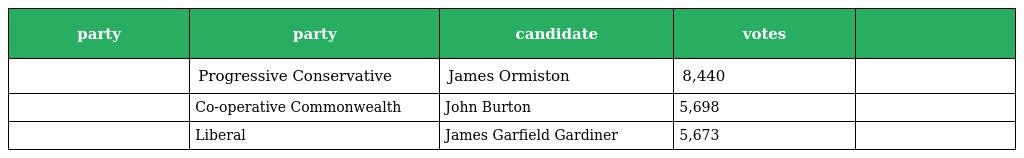
| party | party | candidate | votes |  |
 | --- | --- | --- | --- | --- |
 |  | Progressive Conservative | James Ormiston | 8,440 |  |
 |  | Co-operative Commonwealth | John Burton | 5,698 |  |
 |  | Liberal | James Garfield Gardiner | 5,673 |  |